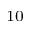
^ { 1 0 }